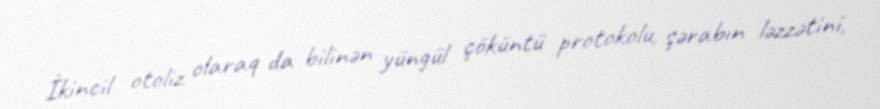
İkincil otoliz olaraq da bilinən yüngül çöküntü protokolu, şərabın ləzzətini,